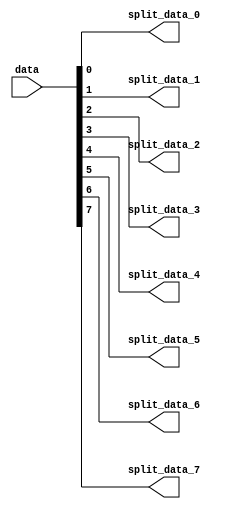
// ***************************************************************************
// ***************************************************************************
// Copyright 2011(c) Analog Devices, Inc.
// 
// All rights reserved.
// 
// Redistribution and use in source and binary forms, with or without modification,
// are permitted provided that the following conditions are met:
//     - Redistributions of source code must retain the above copyright
//       notice, this list of conditions and the following disclaimer.
//     - Redistributions in binary form must reproduce the above copyright
//       notice, this list of conditions and the following disclaimer in
//       the documentation and/or other materials provided with the
//       distribution.
//     - Neither the name of Analog Devices, Inc. nor the names of its
//       contributors may be used to endorse or promote products derived
//       from this software without specific prior written permission.
//     - The use of this software may or may not infringe the patent rights
//       of one or more patent holders.  This license does not release you
//       from the requirement that you obtain separate licenses from these
//       patent holders to use this software.
//     - Use of the software either in source or binary form, must be run
//       on or directly connected to an Analog Devices Inc. component.
//    
// THIS SOFTWARE IS PROVIDED BY ANALOG DEVICES "AS IS" AND ANY EXPRESS OR IMPLIED WARRANTIES,
// INCLUDING, BUT NOT LIMITED TO, NON-INFRINGEMENT, MERCHANTABILITY AND FITNESS FOR A
// PARTICULAR PURPOSE ARE DISCLAIMED.
//
// IN NO EVENT SHALL ANALOG DEVICES BE LIABLE FOR ANY DIRECT, INDIRECT, INCIDENTAL, SPECIAL,
// EXEMPLARY, OR CONSEQUENTIAL DAMAGES (INCLUDING, BUT NOT LIMITED TO, INTELLECTUAL PROPERTY
// RIGHTS, PROCUREMENT OF SUBSTITUTE GOODS OR SERVICES; LOSS OF USE, DATA, OR PROFITS; OR 
// BUSINESS INTERRUPTION) HOWEVER CAUSED AND ON ANY THEORY OF LIABILITY, WHETHER IN CONTRACT,
// STRICT LIABILITY, OR TORT (INCLUDING NEGLIGENCE OR OTHERWISE) ARISING IN ANY WAY OUT OF 
// THE USE OF THIS SOFTWARE, EVEN IF ADVISED OF THE POSSIBILITY OF SUCH DAMAGE.
// ***************************************************************************
// ***************************************************************************
// too bad- we have to do this!

`timescale 1ns/100ps

module util_bsplit (

  data,

  split_data_0,
  split_data_1,
  split_data_2,
  split_data_3,
  split_data_4,
  split_data_5,
  split_data_6,
  split_data_7);

  // parameters

  parameter   CHANNEL_DATA_WIDTH     = 1;
  parameter   NUM_OF_CHANNELS    = 8;
  localparam  NUM_OF_CHANNELS_M   = 9;

  // interface

  input   [((NUM_OF_CHANNELS*CHANNEL_DATA_WIDTH)-1):0]    data;
  output  [(CHANNEL_DATA_WIDTH-1):0]             split_data_0;
  output  [(CHANNEL_DATA_WIDTH-1):0]             split_data_1;
  output  [(CHANNEL_DATA_WIDTH-1):0]             split_data_2;
  output  [(CHANNEL_DATA_WIDTH-1):0]             split_data_3;
  output  [(CHANNEL_DATA_WIDTH-1):0]             split_data_4;
  output  [(CHANNEL_DATA_WIDTH-1):0]             split_data_5;
  output  [(CHANNEL_DATA_WIDTH-1):0]             split_data_6;
  output  [(CHANNEL_DATA_WIDTH-1):0]             split_data_7;

  // internal signals

  wire    [((NUM_OF_CHANNELS_M*CHANNEL_DATA_WIDTH)-1):0]   data_s;

  // extend and split
  
  assign data_s[((NUM_OF_CHANNELS_M*CHANNEL_DATA_WIDTH)-1):(NUM_OF_CHANNELS*CHANNEL_DATA_WIDTH)] = 'd0;
  assign data_s[((NUM_OF_CHANNELS*CHANNEL_DATA_WIDTH)-1):0] = data;

  assign split_data_0 = data_s[((CHANNEL_DATA_WIDTH*1)-1):(CHANNEL_DATA_WIDTH*0)];
  assign split_data_1 = data_s[((CHANNEL_DATA_WIDTH*2)-1):(CHANNEL_DATA_WIDTH*1)];
  assign split_data_2 = data_s[((CHANNEL_DATA_WIDTH*3)-1):(CHANNEL_DATA_WIDTH*2)];
  assign split_data_3 = data_s[((CHANNEL_DATA_WIDTH*4)-1):(CHANNEL_DATA_WIDTH*3)];
  assign split_data_4 = data_s[((CHANNEL_DATA_WIDTH*5)-1):(CHANNEL_DATA_WIDTH*4)];
  assign split_data_5 = data_s[((CHANNEL_DATA_WIDTH*6)-1):(CHANNEL_DATA_WIDTH*5)];
  assign split_data_6 = data_s[((CHANNEL_DATA_WIDTH*7)-1):(CHANNEL_DATA_WIDTH*6)];
  assign split_data_7 = data_s[((CHANNEL_DATA_WIDTH*8)-1):(CHANNEL_DATA_WIDTH*7)];

endmodule

// ***************************************************************************
// ***************************************************************************